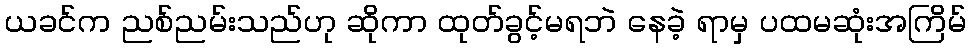
ယခင်က ညစ်ညမ်းသည်ဟု ဆိုကာ ထုတ်ခွင့်မရဘဲ နေခဲ့ ရာမှ ပထမဆုံးအကြိမ်